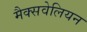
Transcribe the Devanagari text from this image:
मैक्सवेलियन